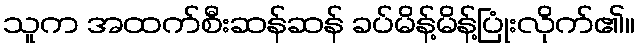
သူက အထက်စီးဆန်ဆန် ခပ်မိန့်မိန့်ပြုံးလိုက်၏။